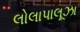
લોલાપાલૂઝા